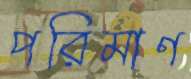
পরিমাণ